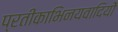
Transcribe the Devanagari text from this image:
प्रतीकाभिनयवादियों